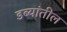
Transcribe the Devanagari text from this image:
डब्यांतील